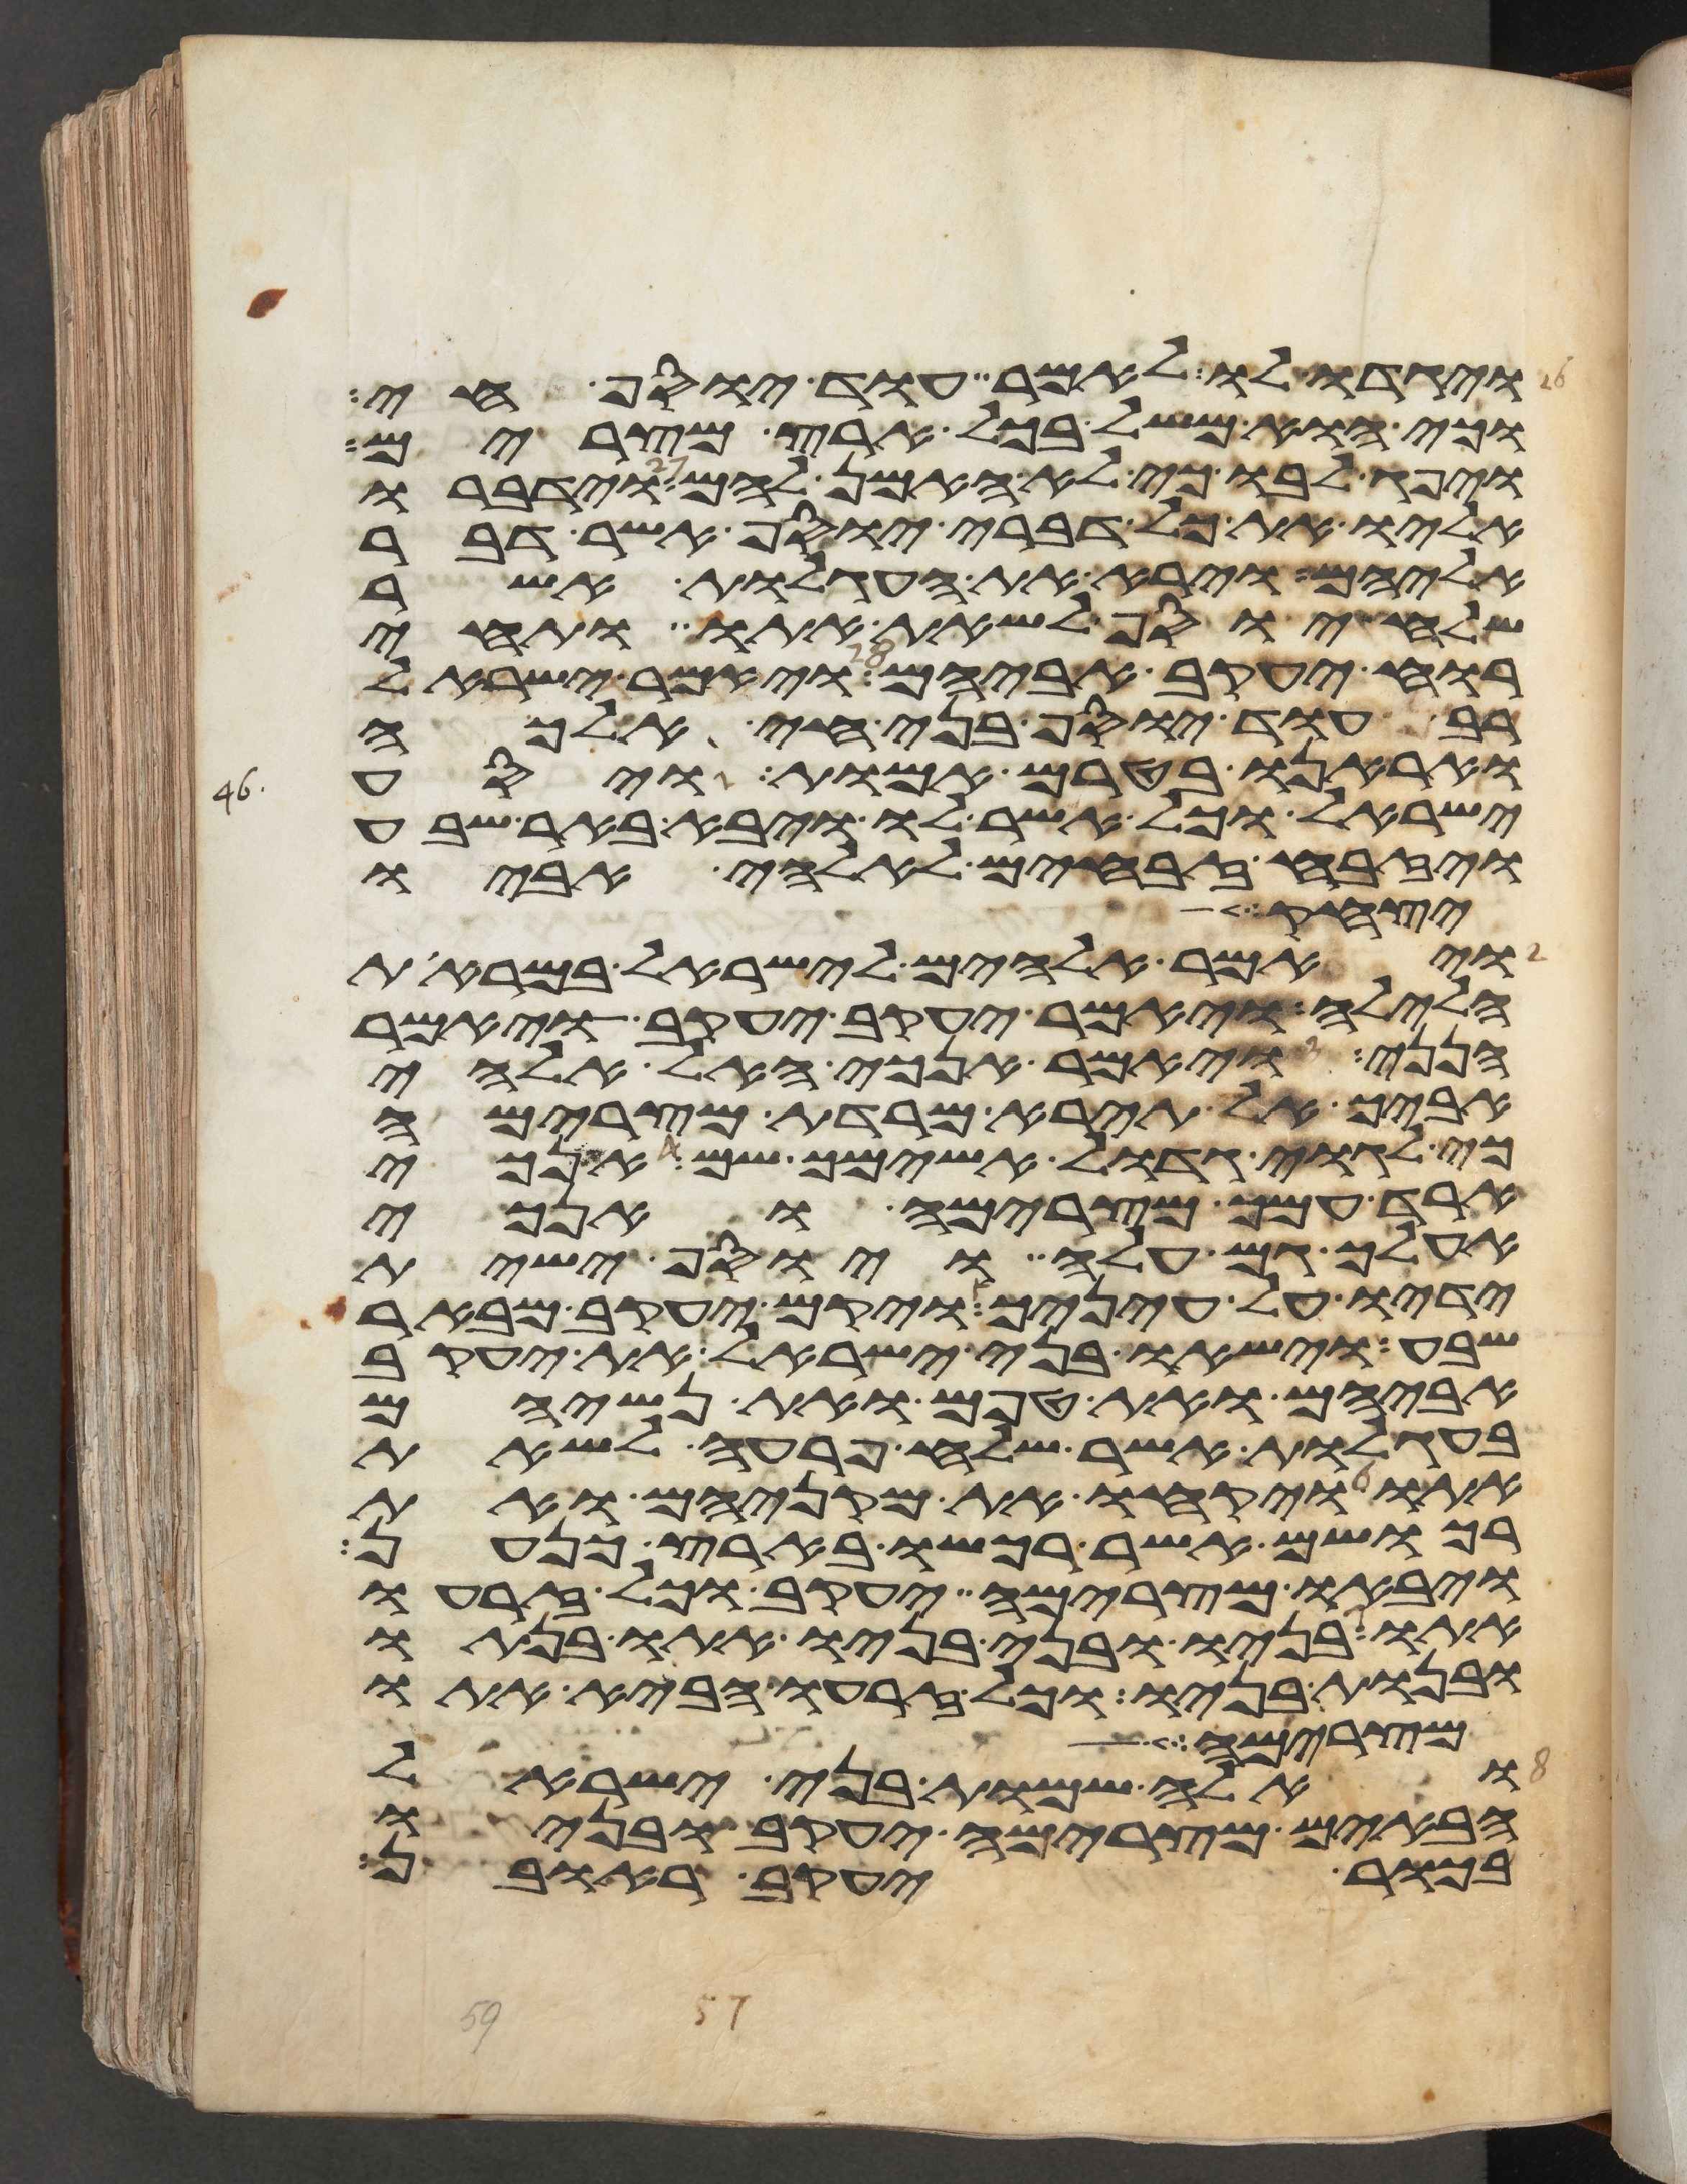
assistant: ויגדו לו לאמר עוד יוסף חי
וכי הוא משל בכל ארץ מצרים
ויפג לבו כי לא האמן להם וידברו
אליו את כל דברי יוסף אשר דבר
אליהם וירא את העגלות אשר
שלח יוסף לשאת אתו ותחי
רוח יעקב אביהם ויאמר ישראל
רב עוד יוסף בני חי אלכה
ואראנו בטרם אמות ויסע
ישראל וכל אשר לו ויבא באר שבע
ויזבח זבחים לאלהי אביו
יצחק
ויאמר אלהים לישראל במראות
הלילה ויאמר יעקב יעקב ויאמר
הנני ויאמר אנכי האל אלהי
אביך אל תירא מרדת מצרימה
כי לגוי גדול אשימך שם אנכי
ארד עמך מצרימה ואנכי
אעלך גם עלה ויוסף ישית
ידיו על עיניך ויקם יעקב מבאר
שבע וישאו בני ישראל את יעקב
אביהם ואת טפם ואת נשיהם
בעגלות אשר שלח פרעה לשאת
אתו ויקחו את מקניהם ואת
רכושם אשר רכשו בארץ כנען
ויבאו מצרימה יעקב וכל זרעו
אתו בניו ובני בניו אתו בנתיו
ובנות בניו וכל זרעו הביא אתו
מצרימה
ואלה שמות בני ישראל
הבאים מצרימה יעקב ובניו
בכור יעקב ראובן